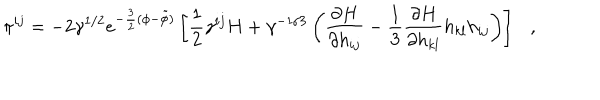
LaTeX: \pi ^ { i j } = - 2 \gamma ^ { 1 / 2 } e ^ { - \frac { 3 } { 2 } ( \phi - \tilde { \phi } ) } \left[ \frac { 1 } { 2 } \gamma ^ { i j } H + \gamma ^ { - 1 / 3 } \left( \frac { \partial H } { \partial h _ { i j } } - \frac { 1 } { 3 } \frac { \partial H } { \partial h _ { k l } } h _ { k l } h _ { i j } \right) \right] ,